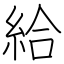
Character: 給